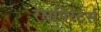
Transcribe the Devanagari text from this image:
रेसपिरेटर्स